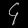
Digit: ၄